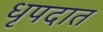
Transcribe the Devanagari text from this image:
धृपदात